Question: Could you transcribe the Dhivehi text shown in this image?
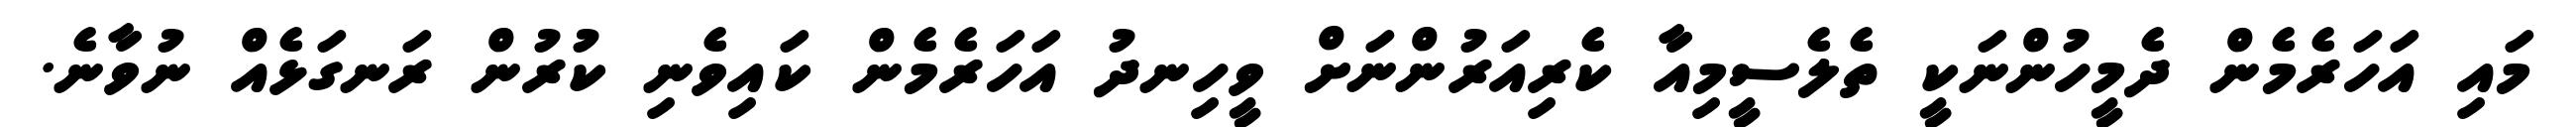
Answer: މައި އަހަރެމެން ދެމީހުންނަކީ ތެލެސީމިއާ ކެރިއަރުންނަށް ވީހިނދު އަހަރެމެން ކައިވެނި ކުރުން ރަނގަޅެއް ނުވާނެ.